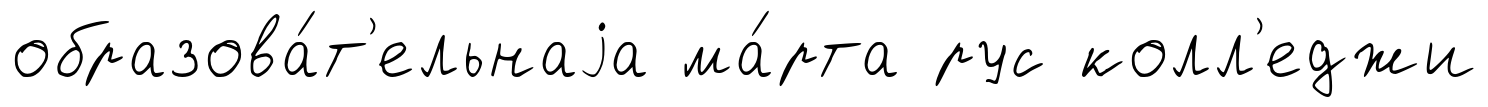
образова́т'ельнаjа ма́рта рус колл'еджи